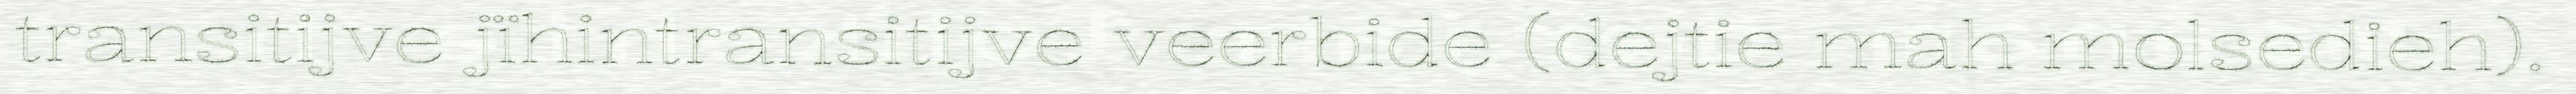
transitijve jïhintransitijve veerbide (dejtie mah molsedieh).